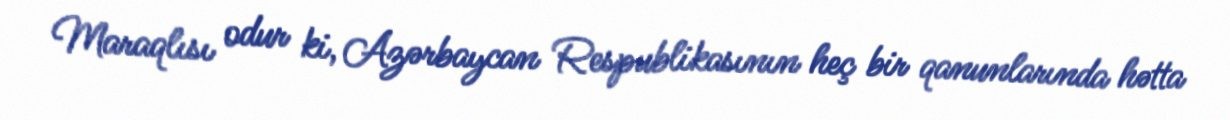
Maraqlısı odur ki, Azərbaycan Respublikasının heç bir qanunlarında hətta